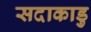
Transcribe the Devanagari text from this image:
सदाकाडु